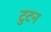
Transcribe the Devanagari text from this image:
टुटन